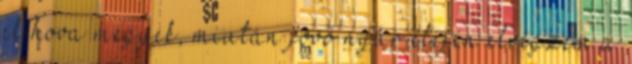
el hova megyek, miután jövő nyár elején elvégzem a